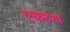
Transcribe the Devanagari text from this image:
एकटंगा